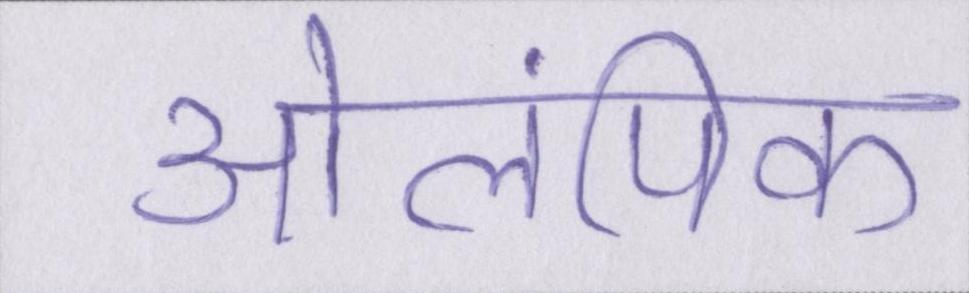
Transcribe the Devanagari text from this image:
ओलंपिक